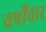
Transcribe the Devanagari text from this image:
वर्षोंचार